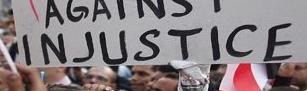
in